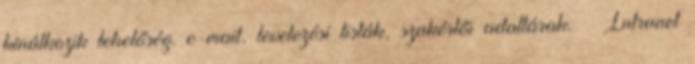
kínálkozik lehetőség. e-mail, levelezési listák, szakértői adattárak.  Intranet